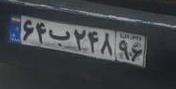
۶۴ب۲۴۸۹۶